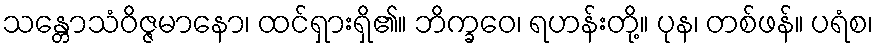
သန္တောသံဝိဇ္ဇမာနော၊ ထင်ရှားရှိ၏။ ဘိက္ခဝေ၊ ရဟန်းတို့။ ပုန၊ တစ်ဖန်။ ပရံစ၊